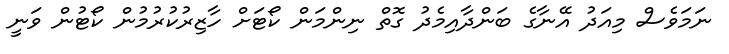
ނަމަވެސް މިއަދު އޭނާގެ ބަންދާއިމެދު ގޮތް ނިންމަން ކޯޓަށް ހާޒިރުކުރުމުން ކޯޓުން ވަނީ